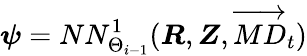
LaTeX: \boldsymbol{\psi}=NN_{\Theta_{i-1}}^{1}(\boldsymbol{R},\boldsymbol{Z},\overrightarrow{MD}_{t})